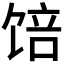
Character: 𱃾